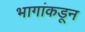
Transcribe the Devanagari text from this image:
भागांकडून